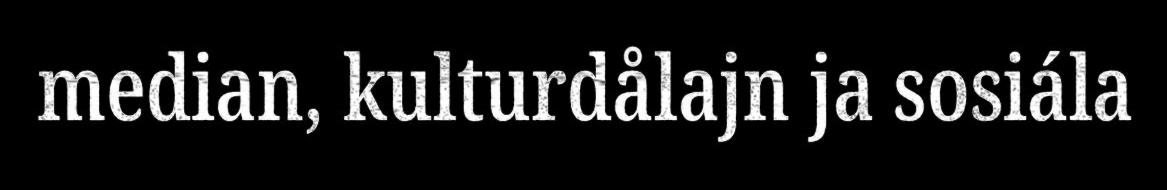
median, kulturdålajn ja sosiála